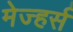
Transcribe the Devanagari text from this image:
मेज्हर्स